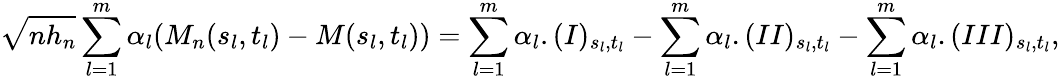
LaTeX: \sqrt{nh_{n}}\sum_{l=1}^{m}\alpha_{l}(M_{n}(s_{l},t_{l})-M(s_{l},t_{l}))=\sum_{l=1}^{m}\alpha_{l}.(I)_{s_{l},t_{l}}-\sum_{l=1}^{m}\alpha_{l}.(II)_{s_{l},t_{l}}-\sum_{l=1}^{m}\alpha_{l}.(III)_{s_{l},t_{l}},